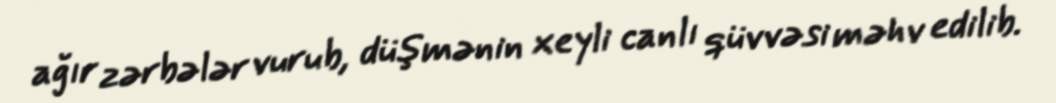
ağır zərbələr vurub, düşmənin xeyli canlı qüvvəsi məhv edilib.